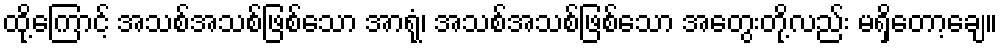
ထို့ကြောင့် အသစ်အသစ်ဖြစ်သော အာရုံ၊ အသစ်အသစ်ဖြစ်သော အတွေးတို့လည်း မရှိတော့ချေ။